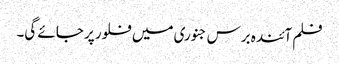
فلم آئندہ برس جنوری میں فلور پر جائے گی۔